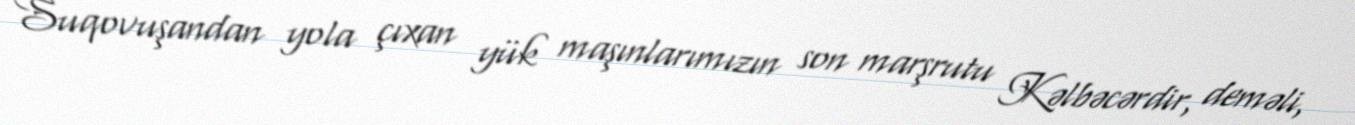
Suqovuşandan yola çıxan yük maşınlarımızın son marşrutu Kəlbəcərdir, deməli,